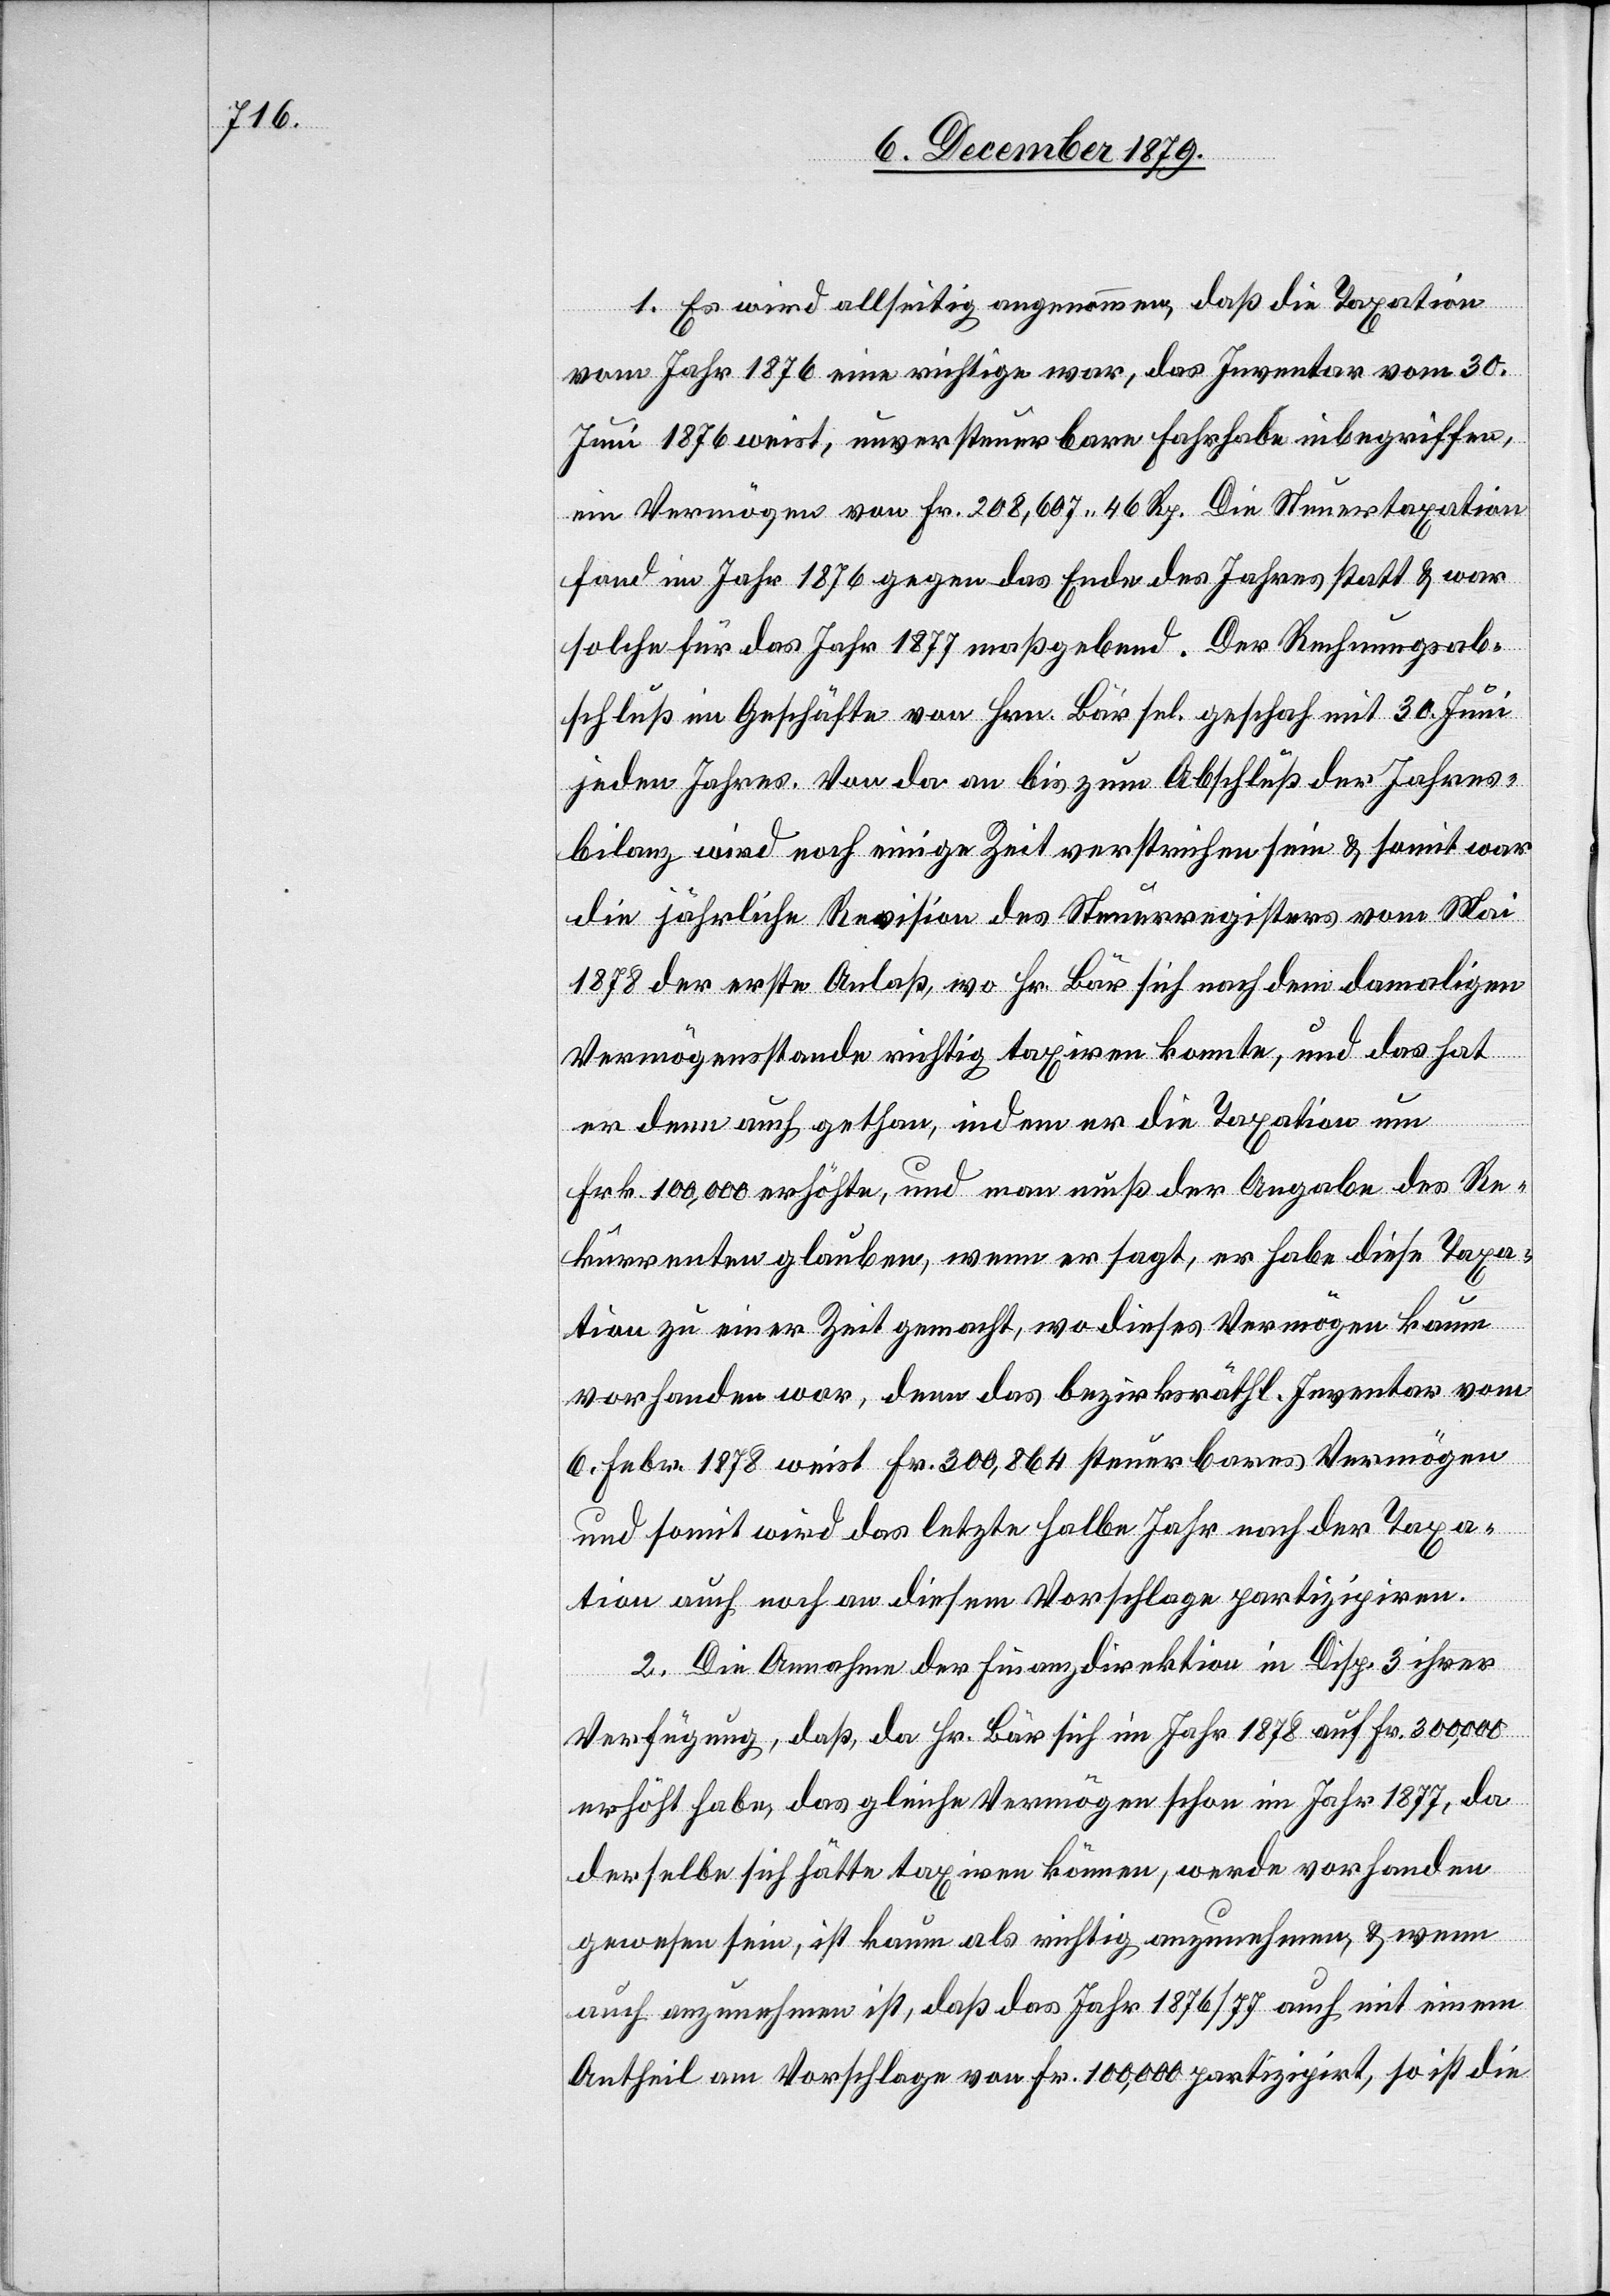
1. Es wird allseitig angenommen, daß die Taxation
vom Jahr 1876 eine richtige war, das Inventar vom 30.
Juni 1876 weist, unversteuerbare Fahrhabe inbegriffen,
ein Vermögen von Fr. 208,607 46 Rp. Die Steuertaxation
fand im Jahr 1876 gegen das Ende des Jahres statt & war
solche für das Jahr 1877 maßgebend. Der Rechnungsab¬
schluß im Geschäfte von Hrn. Bär sel. geschah mit 30. Juni
jeden Jahres. Von da an bis zum Abschluß der Jahres¬
bilanz wird noch einige Zeit verstrichen sein & somit war
die jährliche Revision des Steuerregisters vom Mai
1878 der erste Anlaß, wo Hr. Bär sich nach dem damaligen
Vermögensstande richtig taxiren konnte, und das hat
er denn auch gethan, indem er die Taxation um
Frk. 100,000 erhöhte, und man muß der Angabe des Re¬
kurrenten glauben, wenn er sagt, er habe diese Taxa¬
tion zu einer Zeit gemacht, wo dieses Vermögen kaum
vorhanden war, denn das bezirksräthl. Inventar vom
6. Febr. 1878 weist Fr. 300,864 steuerbares Vermögen
und somit wird das letzte halbe Jahr nach der Taxa¬
tion auch noch an diesem Vorschlage partizipiren.
2. Die Annahme der Finanzdirektion in Disp. 3 ihrer
Verfügung, daß, da Hr. Bär sich im Jahr 1878 auf Fr. 300,000
erhöht habe, das gleiche Vermögen schon im Jahr 1877, da
derselbe sich hätte taxiren können, werde vorhanden
gewesen sein, ist kaum als richtig anzunehmen, & wenn
auch anzunehmen ist, daß das Jahr 1876/77 auch mit einem
Antheil am Vorschlage von Fr. 100,000 partizipirt, so ist die